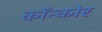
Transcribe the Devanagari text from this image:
कॉन्कोर